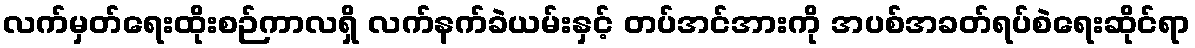
လက်မှတ်ရေးထိုးစဉ်ကာလရှိ လက်နက်ခဲယမ်းနှင့် တပ်အင်အားကို အပစ်အခတ်ရပ်စဲရေးဆိုင်ရာ